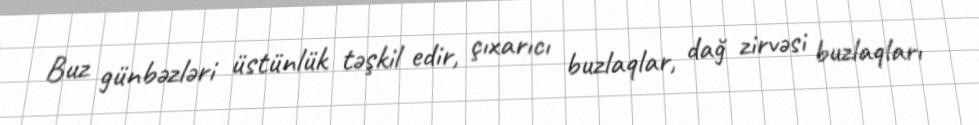
Buz günbəzləri üstünlük təşkil edir, çıxarıcı buzlaqlar, dağ zirvəsi buzlaqları